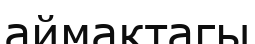
аймактагы